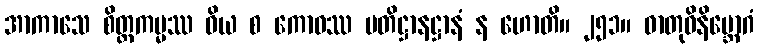
အာကာသေ စိတ္တကမ္မဿ ဝိယ စ ကောဓဿ ပတိဋ္ဌာနဋ္ဌာနံ န ဟောတိ။ ၂၅၁။ ဓာတုဝိနိဗ္ဘောဂံ